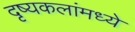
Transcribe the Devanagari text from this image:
दृष्यकलांमध्ये